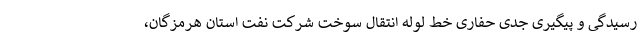
رسیدگی و پیگیری جدی حفاری خط لوله انتقال سوخت شرکت نفت استان هرمزگان،